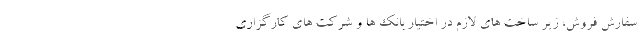
سفارش فروش، زیر ساخت های لازم در اختیار بانک ها و شرکت های کارگزاری